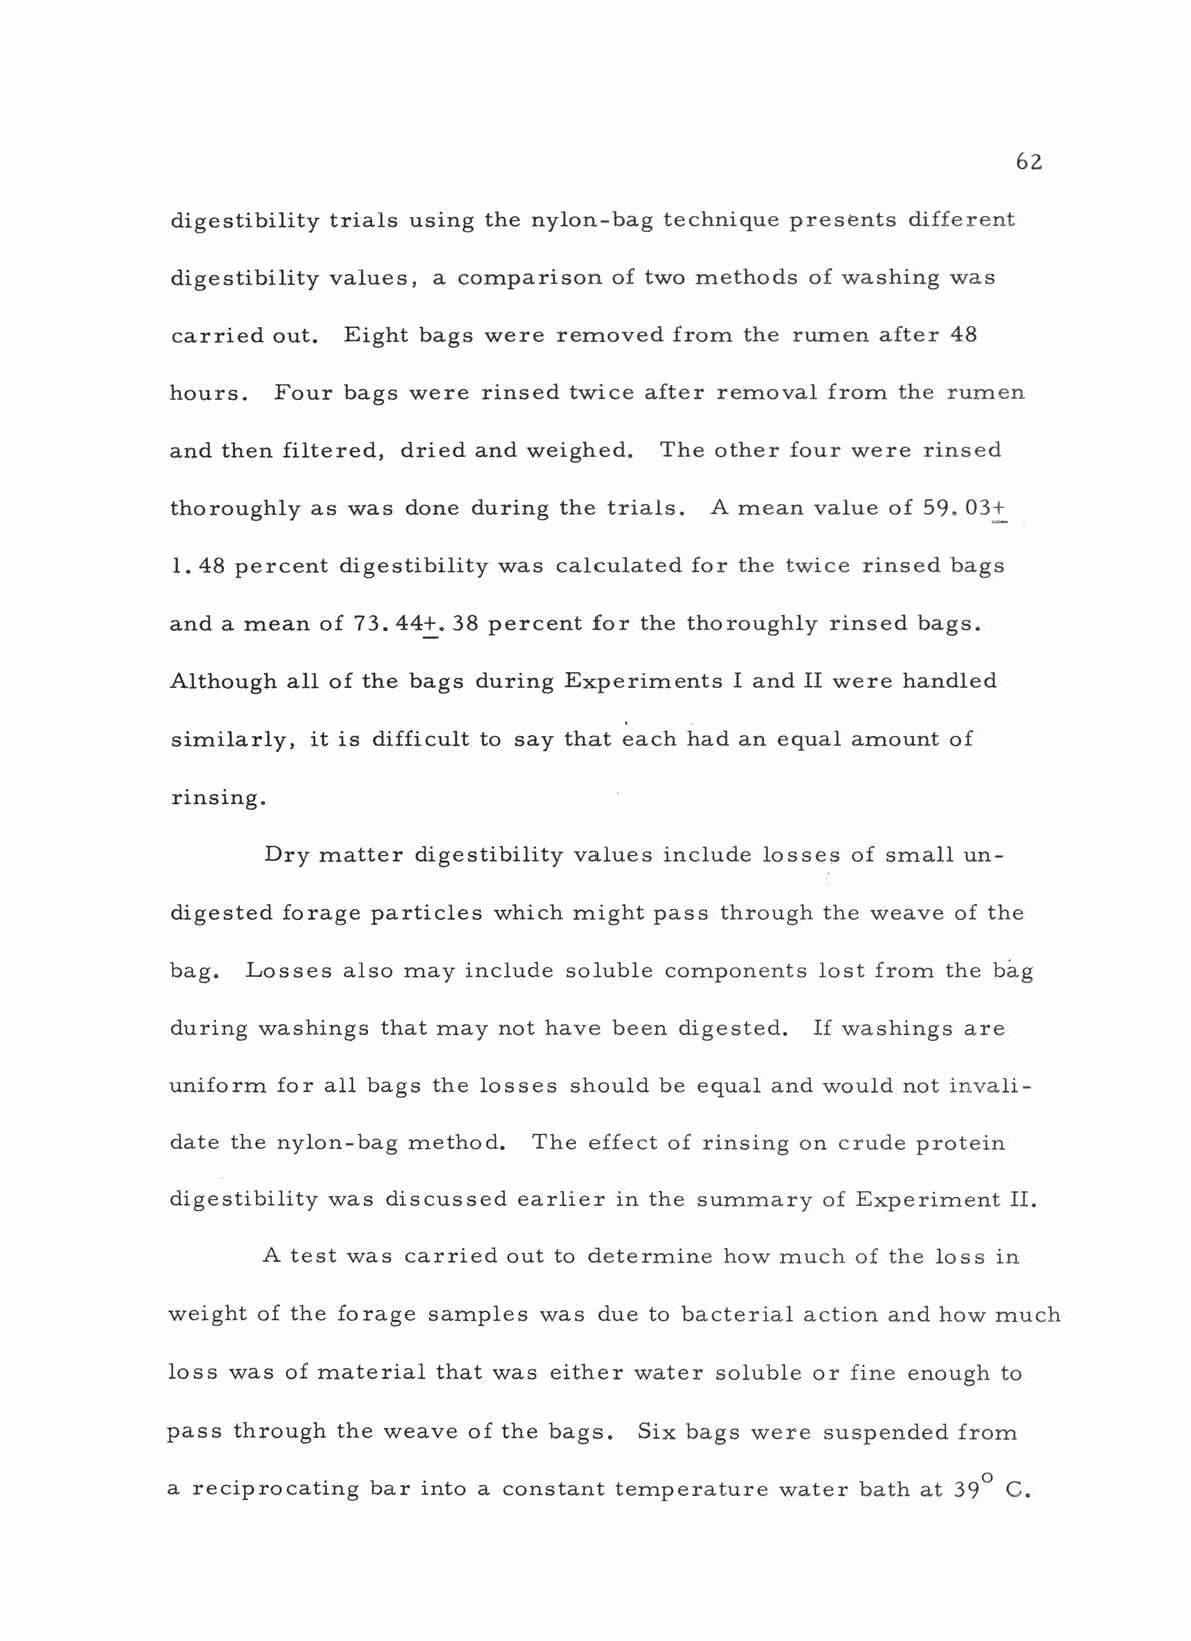
62
 digestibility trials using the nylon -bag technique presents different
 digestibility values, a comparison of two methods of washing was
 carried out. Eight bags were removed from the rumen after 48
 hours. Four bags were rinsed twice after removal from the rumen
 and then filtered, dried and weighed. The other four were rinsed
 thoroughly as was done during the trials. A mean value of 59. 03+
 1.48 percent digestibility was calculated for the twice rinsed bags
 and a mean of 73.44 +. 38 percent for the thoroughly rinsed bags.
 Although all of the bags during Experiments I and II were handled
 similarly, it is difficult to say that each had an equal amount of
 rinsing.
 Dry matter digestibility values include losses of small un-
 digested forage particles which might pass through the weave of the
 bag. Losses also may include soluble components lost from the bag
 during washings that may not have been digested. If washings are
 uniform for all bags the losses should be equal and would not invali-
 date the nylon -bag method. The effect of rinsing on crude protein
 digestibility was discussed earlier in the summary of Experiment II.
 A test was carried out to determine how much of the loss in
 weight of the forage samples was due to bacterial action and how much
 loss was of material that was either water soluble or fine enough to
 pass through the weave of the bags. Six bags were suspended from
 a reciprocating bar into a constant temperature water bath at 39 0 C.